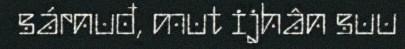
sárnuđ, mut ijhân suu